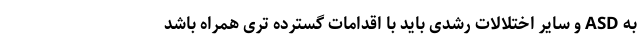
به ASD و سایر اختلالات رشدی باید با اقدامات گسترده تری همراه باشد